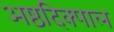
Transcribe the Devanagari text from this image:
अष्ठदिक्पाल